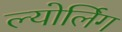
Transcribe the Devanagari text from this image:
ल्योर्लिग